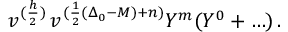
v ^ { ( \frac { h } { 2 } ) } \, v ^ { ( \frac { 1 } { 2 } ( \Delta _ { 0 } - M ) + n ) } Y ^ { m } ( Y ^ { 0 } + \ldots ) \, .